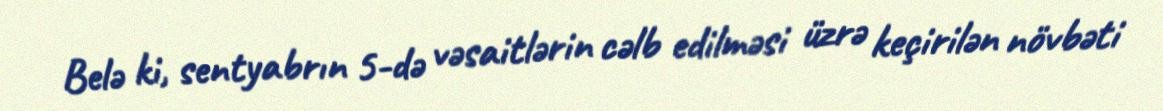
Belə ki, sentyabrın 5-də vəsaitlərin cəlb edilməsi üzrə keçirilən növbəti